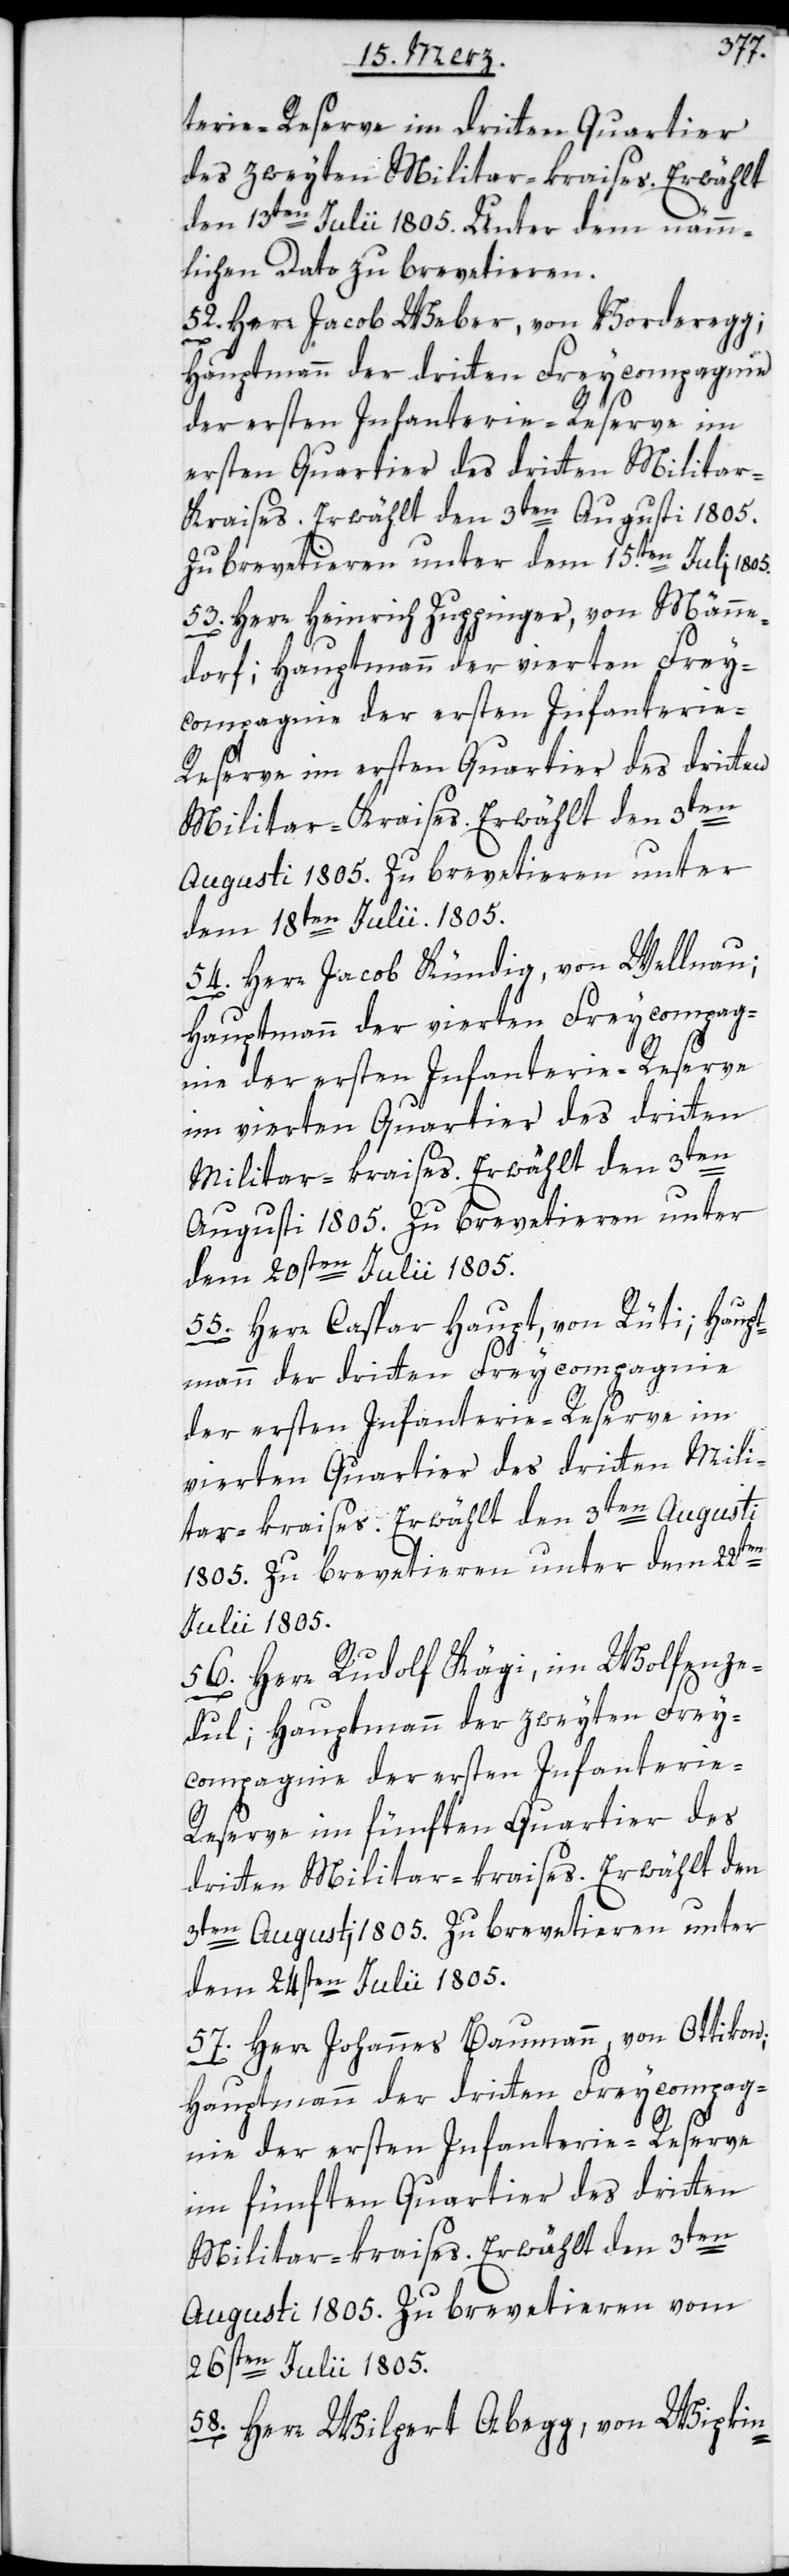
terie-Reserve im dritten Quartier
des zweyten Militar-kraises. Erwählt
den 13ten Julii 1805. Unter dem nämm¬
lichen Dato zu brevetieren.
52. Herr Jacob Weber, von Vorderegg;
Hauptmann der dritten Freycompagnie
der ersten Infanterie-Reserve im
ersten Quartier des dritten Militar-K¬
raises. Erwählt den 3ten Augusti 1805.
Zu brevetieren unter dem 15.ten Juli 1805.
53. Herr Heinrich Zuppinger, von Männe¬
dorf; Hauptmann der vierten Frey¬
compagnie der ersten Infanterie-R¬
eserve im ersten Quartier des dritten
Augusti 1805. Zu brevetieren unter
dem 18ten Julii 1805.
54. Herr Jacob Kündig, von Wellnau;
Hauptmann der vierten Freycompag¬
nie der ersten Infanterie-Reserve
im vierten Quartier des dritten
Militar-kraises. Erwählt den 3ten
dem 20sten Julii 1805.
55. Herr Caspar Haupt, von Rüti; Haupt¬
mann der dritten Freycompagnie
der ersten Infanterie-Reserve im
vierten Quartier des dritten Mili¬
tar-kraises. Erwählt den 3ten Augusti
1805. Zu brevetieren unter dem 22sten
Julii 1805.
56. Herr Rudolf Kägi, im Wolfenze¬
dul; Hauptmann der zweyten Frey¬
compagnie der ersten Infanterie-R¬
eserve im fünften Quartier des
dritten Militar-kreises. Erwählt den
3ten Augusti 1805. Zu brevetieren unter
dem 24sten Julii 1805.
57. Herr Johannes Baumann, von Ottikon;
Hauptmann der dritten Freycompag¬
nie der ersten Infanterie-Reserve
im fünften Quartier des dritten
Militar-kraises. Erwählt den 3ten
Augusti 1805. Zu brevetieren vom
26sten Julii 1805.
58. Herr Wilpert Abegg, von Wipkin-